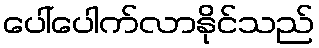
ပေါ်ပေါက်လာနိုင်သည်